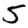
Digit: 5